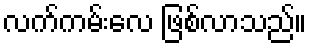
လက်ကမ်းလေ ဖြစ်လာသည်။